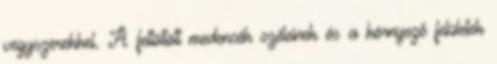
vegyszerekkel. A feltöltött medencék széleinek és a környező felületek